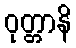
ဝုတ္တာနိ